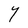
Character: Y